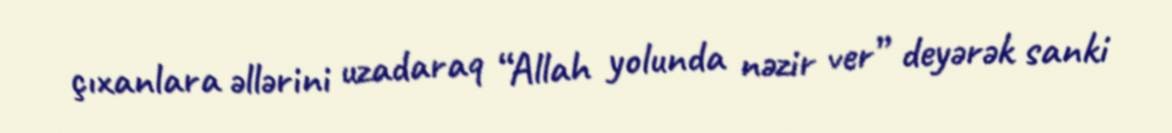
çıxanlara əllərini uzadaraq “Allah yolunda nəzir ver” deyərək sanki